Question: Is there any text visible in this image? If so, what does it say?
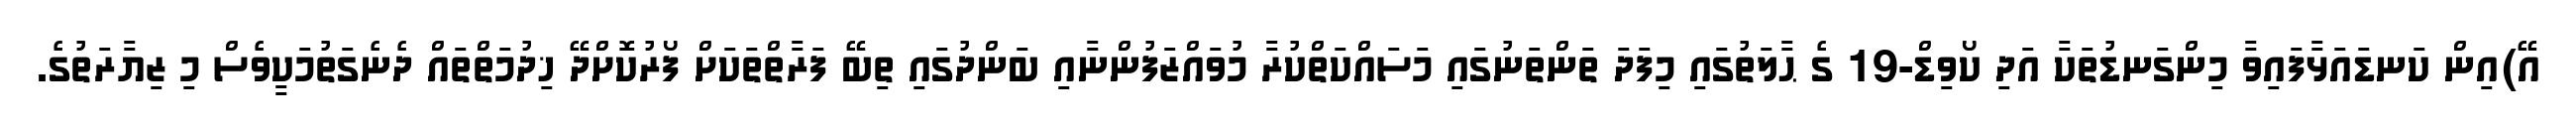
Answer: އޭ)އިން ކަނޑައަޅާފައިވާ މިންގަނޑުތަކާ އަދި ކޯވިޑް-19 ގެ ޙާލަތުގައި މިފަދަ ތަންތަނުގައި މަސައްކަތްކުރާ މުވައްޒަފުންނާއި ބަންދުގައި ތިބޭ ފަރާތްތަކަށް ފޯރުކޮށްދޭ ޚިދުމަތްތައް ދެނެގަތުމަކީވެސް މި ޒިޔާރަތުގެ.